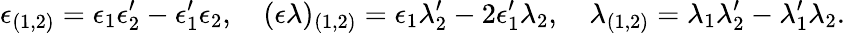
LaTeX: \epsilon_{(1,2)}=\epsilon_{1}\epsilon_{2}^{\prime}-\epsilon_{1}^{\prime}\epsilon_{2},\quad(\epsilon\lambda)_{(1,2)}=\epsilon_{1}\lambda_{2}^{\prime}-2\epsilon_{1}^{\prime}\lambda_{2},\quad\lambda_{(1,2)}=\lambda_{1}\lambda_{2}^{\prime}-\lambda_{1}^{\prime}\lambda_{2}.